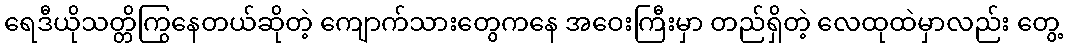
ရေဒီယိုသတ္တိကြွနေတယ်ဆိုတဲ့ ကျောက်သားတွေကနေ အဝေးကြီးမှာ တည်ရှိတဲ့ လေထုထဲမှာလည်း တွေ့